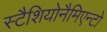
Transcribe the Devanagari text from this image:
स्टैशियोनैमिएन्टो